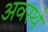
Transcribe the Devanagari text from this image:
अवस्थे